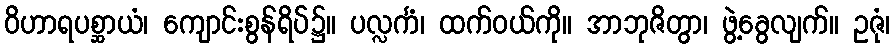
ဝိဟာရပစ္ဆာယံ၊ ကျောင်းစွန်ရိပ်၌။ ပလ္လင်္ကံ၊ ထက်ဝယ်ကို။ အာဘုဇိတွာ၊ ဖွဲ့ခွေလျက်။ ဥဇုံ၊